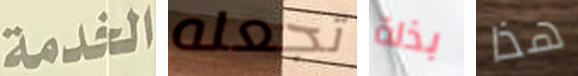
الخدمة تجعله بذلة هذا